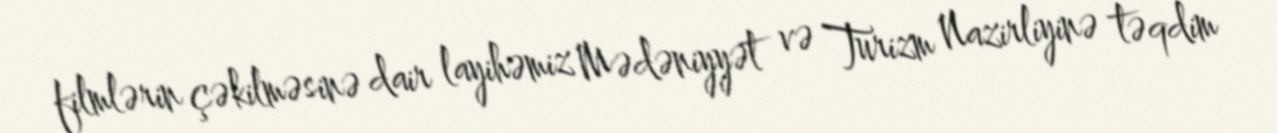
filmlərin çəkilməsinə dair layihəmiz Mədəniyyət və Turizm Nazirliyinə təqdim